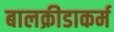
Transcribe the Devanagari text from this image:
बालक्रीडाकर्म